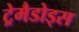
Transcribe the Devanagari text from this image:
ट्रेमैडोड्स